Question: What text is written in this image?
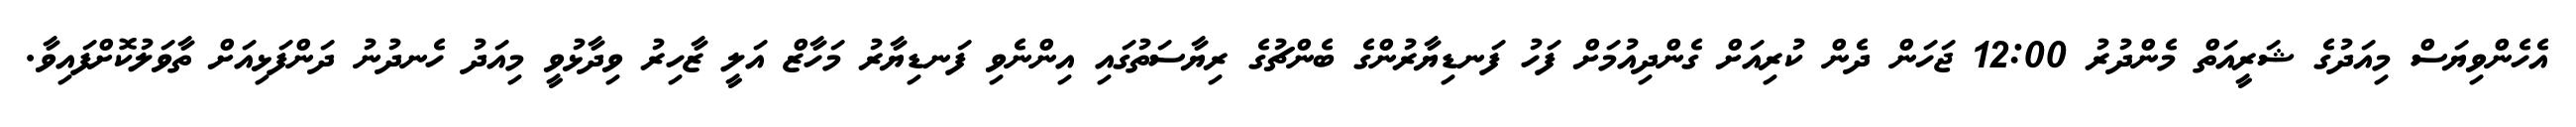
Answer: އެހެންވިޔަސް މިއަދުގެ ޝަރީއަތް މެންދުރު 12:00 ޖަހަން ދެން ކުރިއަށް ގެންދިއުމަށް ފަހު ފަނޑިޔާރުންގެ ބެންޗުގެ ރިޔާސަތުގައި އިންނެވި ފަނޑިޔާރު މަހާޒް އަލީ ޒާހިރު ވިދާޅުވީ މިއަދު ހެނދުނު ދަންފަޅިއަށް ތާވަލުކޮށްފައިވާ.